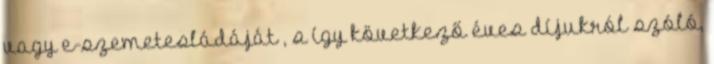
vagy e-szemetesládáját , s így következő éves díjukról szóló,